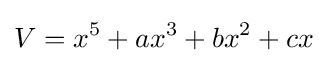
V=x^{5}+ax^{3}+bx^{2}+cx